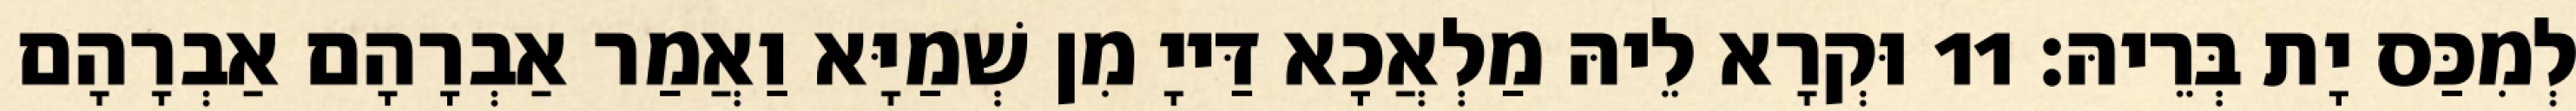
לְמִכַּס יָת בְּרֵיהּ׃ 11 וּקְרָא לֵיהּ מַלְאֲכָא דַּייָ מִן שְׁמַיָּא וַאֲמַר אַבְרָהָם אַבְרָהָם